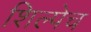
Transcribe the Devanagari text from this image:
शिल्पेच